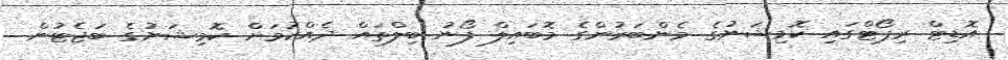
އޮޑިޓް ރިޕޯޓްގައި ކޮމިޝަނުގެ މެންބަރުންގެ މޮބައިލް ފޯނު ބިލްތައް ދެއްކުމަށް ކޮމިޝަނުގެ ބަޖެޓުން